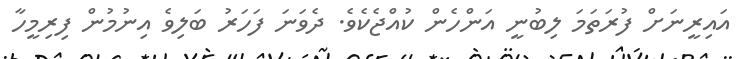
އައިރީނަށް ފުރަތަމަ ލިބުނީ އަންހެން ކުއްޖެކެވެ. ދެވަނަ ފަހަރު ބަލިވެ އިނުމުން ފިރިމީހާ